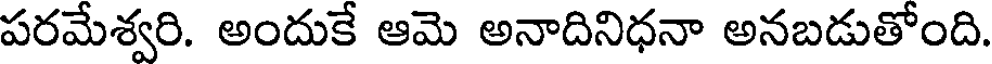
పరమేశ్వరి. అందుకే ఆమె అనాదినిధనా అనబడుతోంది.